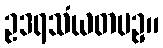
ဥဒရသံယတပဥှ။